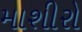
માશીરો